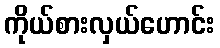
ကိုယ်စားလှယ်ဟောင်း